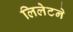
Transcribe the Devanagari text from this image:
लिलेटने